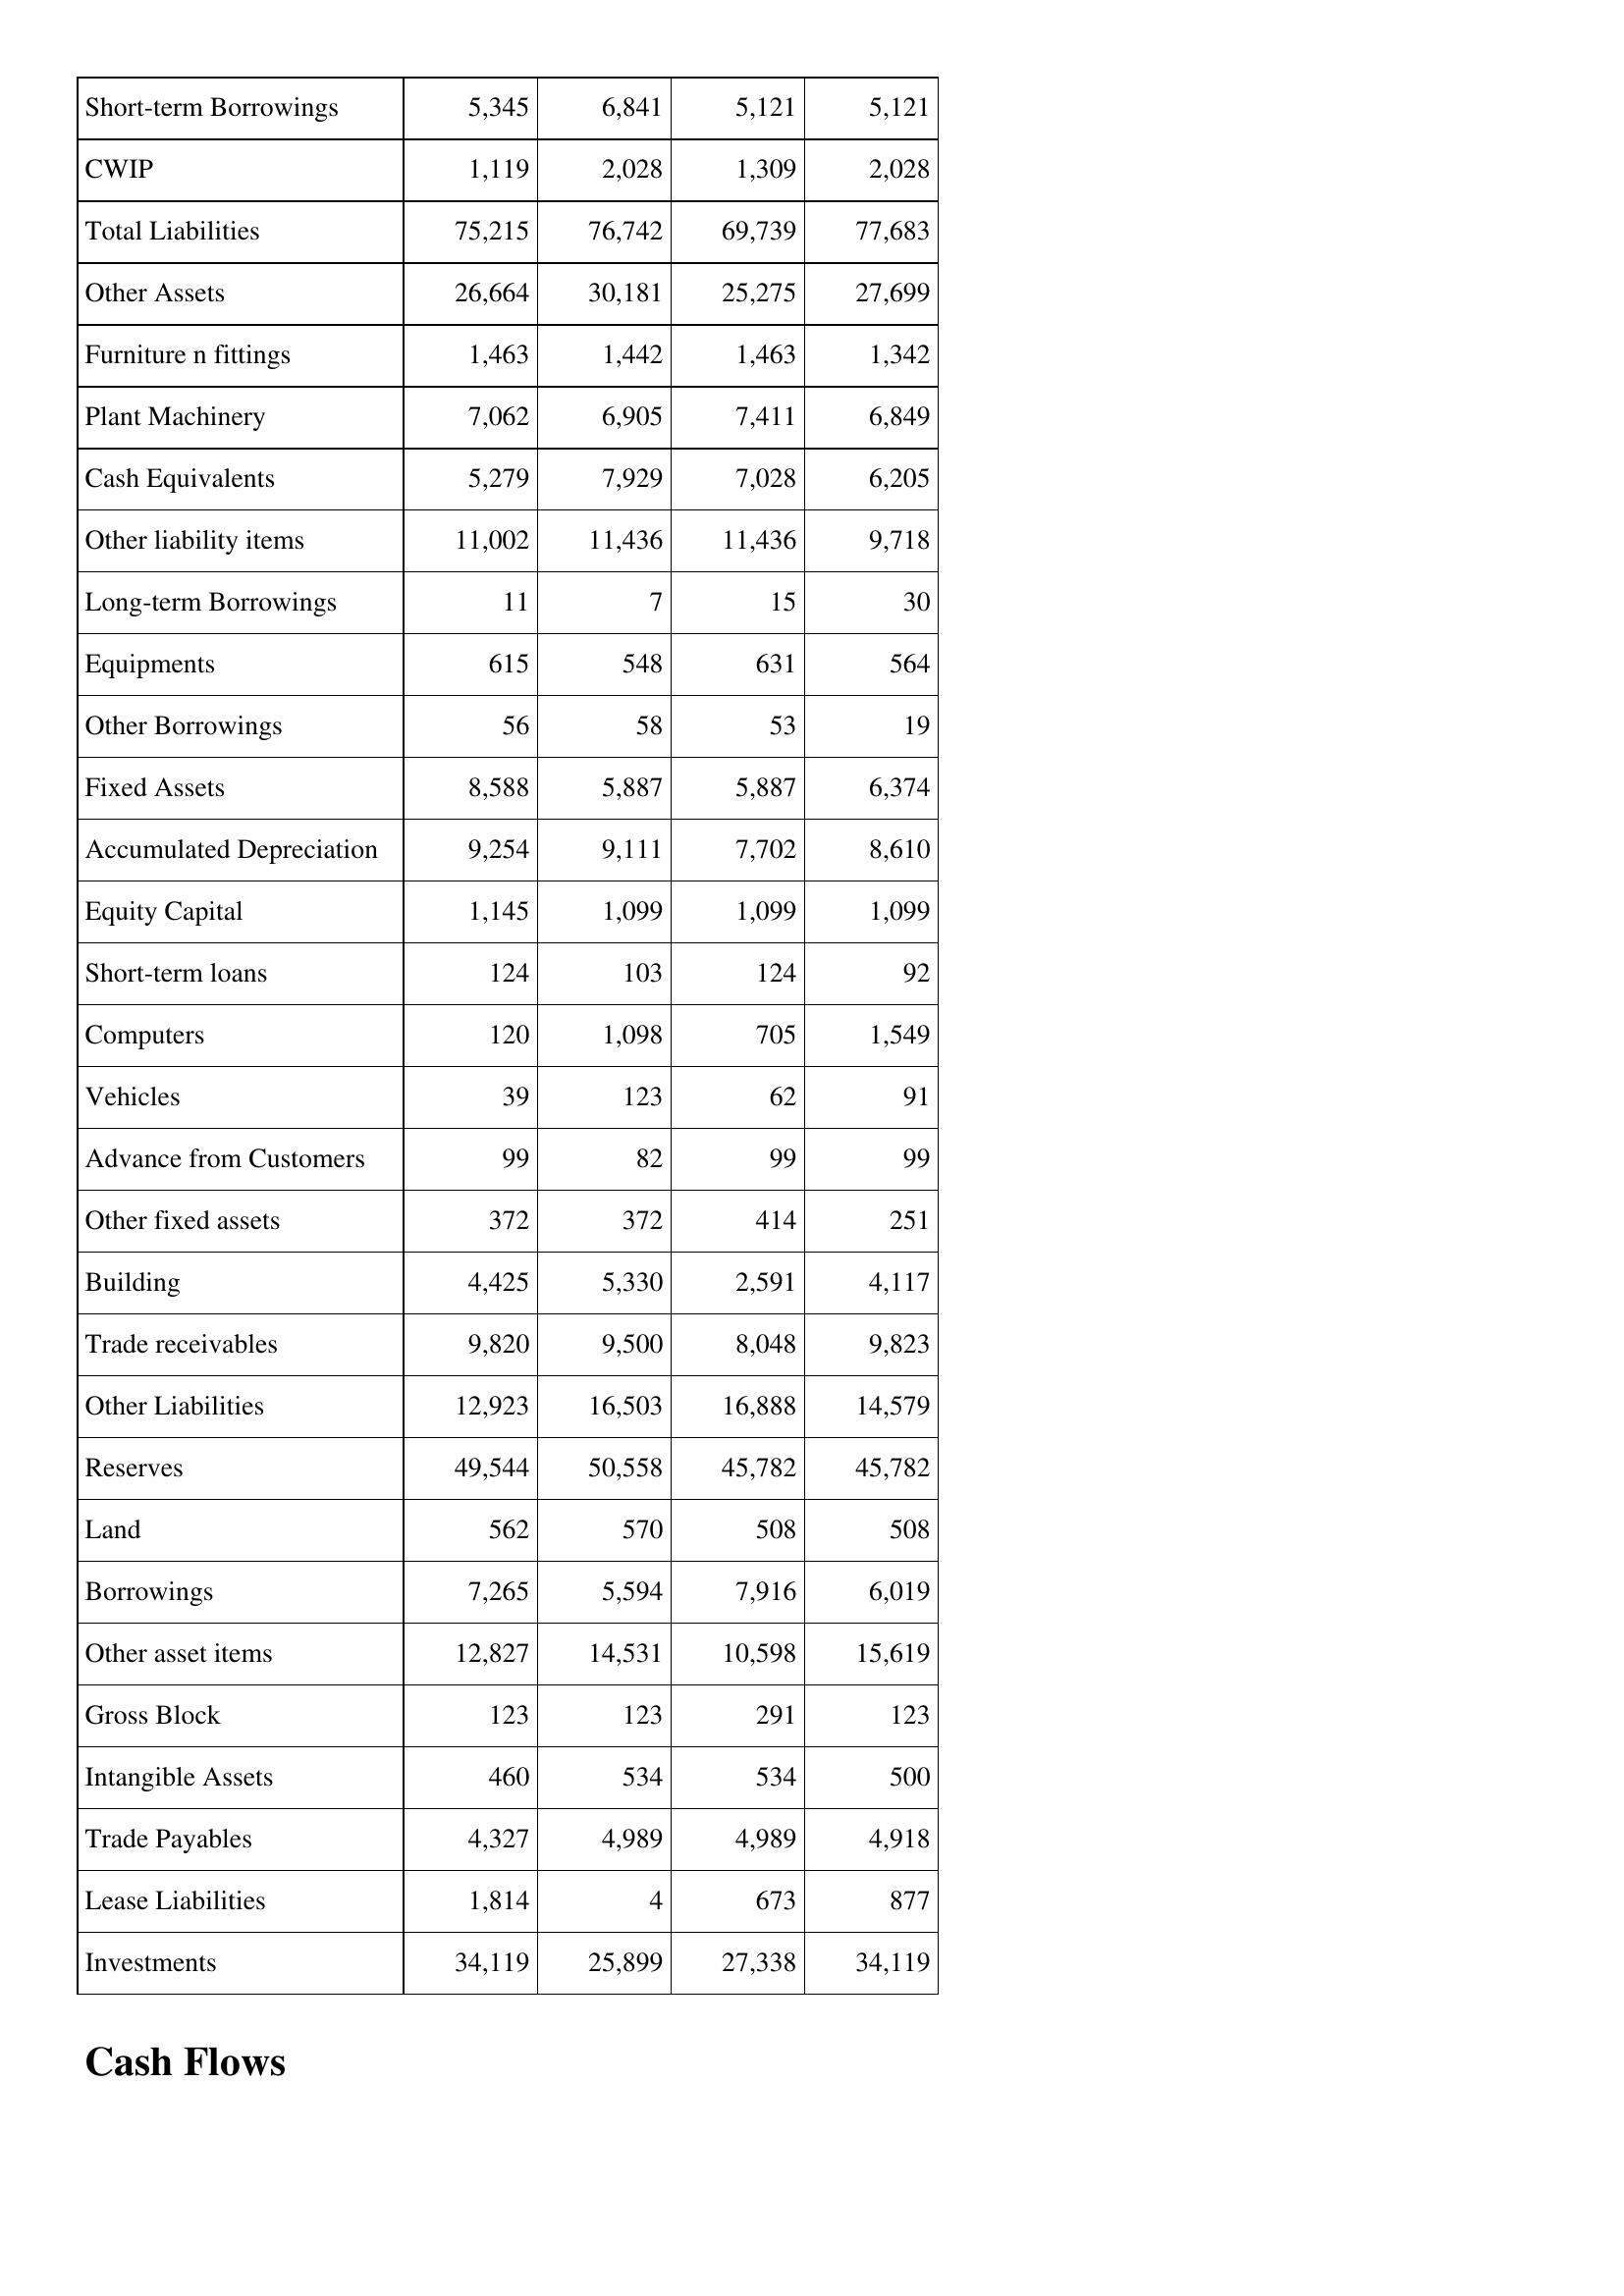
May-97: Balance Sheet: Short-term Borrowings: 5,345
CWIP: 1,119
Total Liabilities: 75,215
Other Assets: 26,664
Furniture n fittings: 1,463
Plant Machinery: 7,062
Cash Equivalents: 5,279
Other liability items: 11,002
Long-term Borrowings: 11
Equipments: 615
Other Borrowings: 56
Fixed Assets: 8,588
Accumulated Depreciation: 9,254
Equity Capital: 1,145
Short-term loans: 124
Computers: 120
Vehicles: 39
Advance from Customers: 99
Other fixed assets: 372
Building: 4,425
Trade receivables: 9,820
Other Liabilities: 12,923
Reserves: 49,544
Land: 562
Borrowings: 7,265
Other asset items: 12,827
Gross Block: 123
Intangible Assets: 460
Trade Payables: 4,327
Lease Liabilities: 1,814
Investments: 34,119
May-96: Balance Sheet: Short-term Borrowings: 6,841
CWIP: 2,028
Total Liabilities: 76,742
Other Assets: 30,181
Furniture n fittings: 1,442
Plant Machinery: 6,905
Cash Equivalents: 7,929
Other liability items: 11,436
Long-term Borrowings: 7
Equipments: 548
Other Borrowings: 58
Fixed Assets: 5,887
Accumulated Depreciation: 9,111
Equity Capital: 1,099
Short-term loans: 103
Computers: 1,098
Vehicles: 123
Advance from Customers: 82
Other fixed assets: 372
Building: 5,330
Trade receivables: 9,500
Other Liabilities: 16,503
Reserves: 50,558
Land: 570
Borrowings: 5,594
Other asset items: 14,531
Gross Block: 123
Intangible Assets: 534
Trade Payables: 4,989
Lease Liabilities: 4
Investments: 25,899
May-95: Balance Sheet: Short-term Borrowings: 5,121
CWIP: 1,309
Total Liabilities: 69,739
Other Assets: 25,275
Furniture n fittings: 1,463
Plant Machinery: 7,411
Cash Equivalents: 7,028
Other liability items: 11,436
Long-term Borrowings: 15
Equipments: 631
Other Borrowings: 53
Fixed Assets: 5,887
Accumulated Depreciation: 7,702
Equity Capital: 1,099
Short-term loans: 124
Computers: 705
Vehicles: 62
Advance from Customers: 99
Other fixed assets: 414
Building: 2,591
Trade receivables: 8,048
Other Liabilities: 16,888
Reserves: 45,782
Land: 508
Borrowings: 7,916
Other asset items: 10,598
Gross Block: 291
Intangible Assets: 534
Trade Payables: 4,989
Lease Liabilities: 673
Investments: 27,338
May-94: Balance Sheet: Short-term Borrowings: 5,121
CWIP: 2,028
Total Liabilities: 77,683
Other Assets: 27,699
Furniture n fittings: 1,342
Plant Machinery: 6,849
Cash Equivalents: 6,205
Other liability items: 9,718
Long-term Borrowings: 30
Equipments: 564
Other Borrowings: 19
Fixed Assets: 6,374
Accumulated Depreciation: 8,610
Equity Capital: 1,099
Short-term loans: 92
Computers: 1,549
Vehicles: 91
Advance from Customers: 99
Other fixed assets: 251
Building: 4,117
Trade receivables: 9,823
Other Liabilities: 14,579
Reserves: 45,782
Land: 508
Borrowings: 6,019
Other asset items: 15,619
Gross Block: 123
Intangible Assets: 500
Trade Payables: 4,918
Lease Liabilities: 877
Investments: 34,119